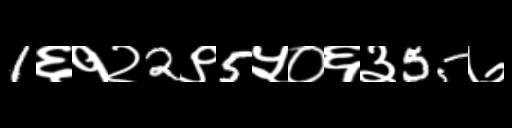
Text: 1६१२2९5५०६३55७